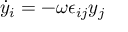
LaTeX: \dot { y } _ { i } = - \omega \epsilon _ { i j } y _ { j }